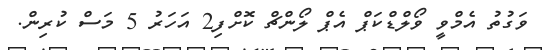
ވަގުތު އެމްވީ ވޯލްޑްކަޕް އެޕް ލޯންޗް ކޮށްފި2 އަހަރު 5 މަސް ކުރިން.